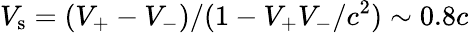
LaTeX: V_{\mathrm{s}}=(V_{+}-V_{-})/(1-V_{+}V_{-}/c^{2})\sim 0.8c